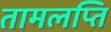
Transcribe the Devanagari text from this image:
तामलप्ति